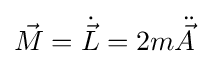
{\vec {M}}={\dot {\vec {L}}}=2m{\ddot {\vec {A}}}